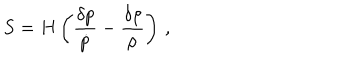
LaTeX: S = H \left( { \frac { \delta p } { \dot { p } } } - { \frac { \delta \rho } { \dot { \rho } } } \right) \, ,